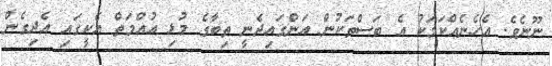
ނޫނެވެ. އެހެނެއްކަމަކު އެ ބަސްތަކުން އަންގައިދެނީ ތިބާގެ މުޅި އުއްމަތް އެކީގައި އެދިގެން